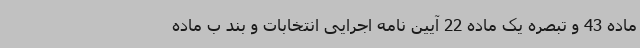
ماده 43 و تبصره یک ماده 22 آیین نامه اجرایی انتخابات و بند ب ماده